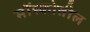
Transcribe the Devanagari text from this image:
मॉस्कोतील